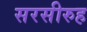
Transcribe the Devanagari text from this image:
सरसीरुह